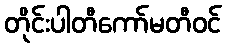
တိုင်းပါတီကော်မတီဝင်